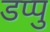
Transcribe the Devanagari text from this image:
डप्पु